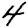
Digit: 4